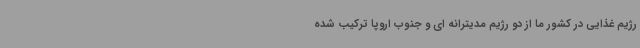
رژیم غذایی در کشور ما از دو رژیم مدیترانه ای و جنوب اروپا ترکیب شده